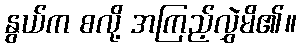
နွယ်က စလို့ အကြည့်လွှဲမိ၏။